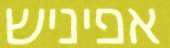
אפיניש